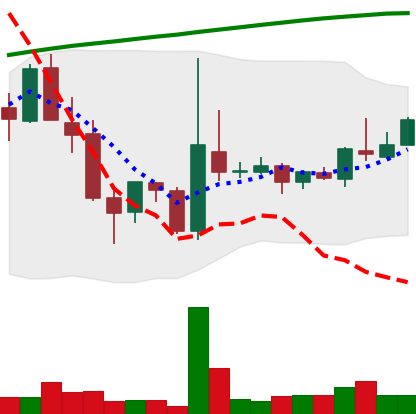
Ticker: TRX-USD
Chart end date: 2018-04-15
Forward return: 24.905%
Label: up_7plus